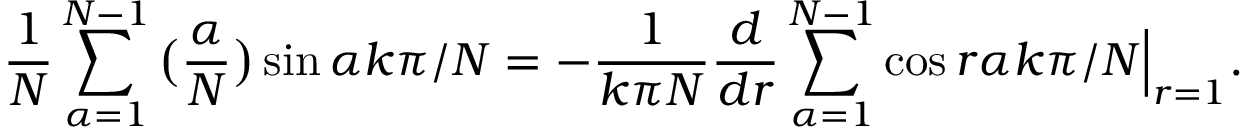
\frac { 1 } { N } \sum _ { \alpha = 1 } ^ { N - 1 } \big ( \frac { \alpha } { N } \big ) \sin \alpha k \pi / N = - \frac { 1 } { k \pi N } \frac { d } { d r } \sum _ { \alpha = 1 } ^ { N - 1 } \cos r \alpha k \pi / N \Big | _ { r = 1 } .